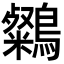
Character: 𪆶